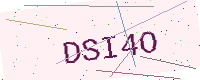
Text: DSI4O